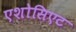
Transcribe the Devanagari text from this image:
एशोसिएट